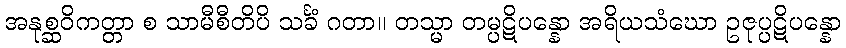
အနုစ္ဆဝိကတ္တာ စ သာမီစီတိပိ သင်္ခံ ဂတာ။ တသ္မာ တမ္ပဋိပန္နော အရိယသံဃော ဥဇုပ္ပဋိပန္နော